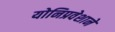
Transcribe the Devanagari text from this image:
योनिप्रवेशाने